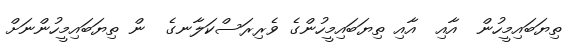
ތިޔަބައިމީހުން  އާއި  އާއި ތިޔަބައިމީހުންގެ ވެރިރަސްކަލާނގެ  ން ތިޔަބައިމީހުންނަށް